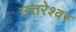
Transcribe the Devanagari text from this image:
उत्तरेश्‍वर